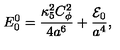
E _ { 0 } ^ { 0 } = { \frac { \kappa _ { 5 } ^ { 2 } C _ { \phi } ^ { 2 } } { 4 a ^ { 6 } } } + { \frac { { \cal E } _ { 0 } } { a ^ { 4 } } } ,